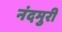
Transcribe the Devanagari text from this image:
नंदमुरी